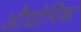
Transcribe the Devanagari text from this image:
औद्योगिक